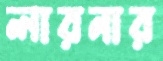
লারনার